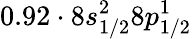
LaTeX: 0.92\cdot 8s_{1/2}^{2}8p_{1/2}^{1}